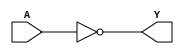
/*
 * Copyright 2020 The SkyWater PDK Authors
 *
 * Licensed under the Apache License, Version 2.0 (the "License");
 * you may not use this file except in compliance with the License.
 * You may obtain a copy of the License at
 *
 *     https://www.apache.org/licenses/LICENSE-2.0
 *
 * Unless required by applicable law or agreed to in writing, software
 * distributed under the License is distributed on an "AS IS" BASIS,
 * WITHOUT WARRANTIES OR CONDITIONS OF ANY KIND, either express or implied.
 * See the License for the specific language governing permissions and
 * limitations under the License.
 *
 * SPDX-License-Identifier: Apache-2.0
*/


`ifndef SKY130_FD_SC_HDLL__CLKINV_FUNCTIONAL_V
`define SKY130_FD_SC_HDLL__CLKINV_FUNCTIONAL_V

/**
 * clkinv: Clock tree inverter.
 *
 * Verilog simulation functional model.
 */

`timescale 1ns / 1ps
`default_nettype none

`celldefine
module sky130_fd_sc_hdll__clkinv (
    Y,
    A
);

    // Module ports
    output Y;
    input  A;

    // Local signals
    wire not0_out_Y;

    //  Name  Output      Other arguments
    not not0 (not0_out_Y, A              );
    buf buf0 (Y         , not0_out_Y     );

endmodule
`endcelldefine

`default_nettype wire
`endif  // SKY130_FD_SC_HDLL__CLKINV_FUNCTIONAL_V